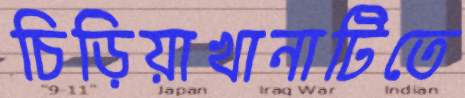
চিড়িয়াখানাটিতে